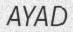
AYAD